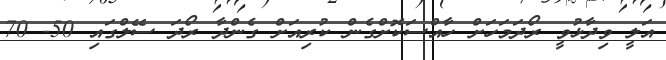
އަލީ ވިދާޅުވީ ރޯދަމަހަށް ހާއްސަކޮށްގެން ކުރިއަށް ގެންދާ ރޯދަ ސޭލްގައި 50- 70